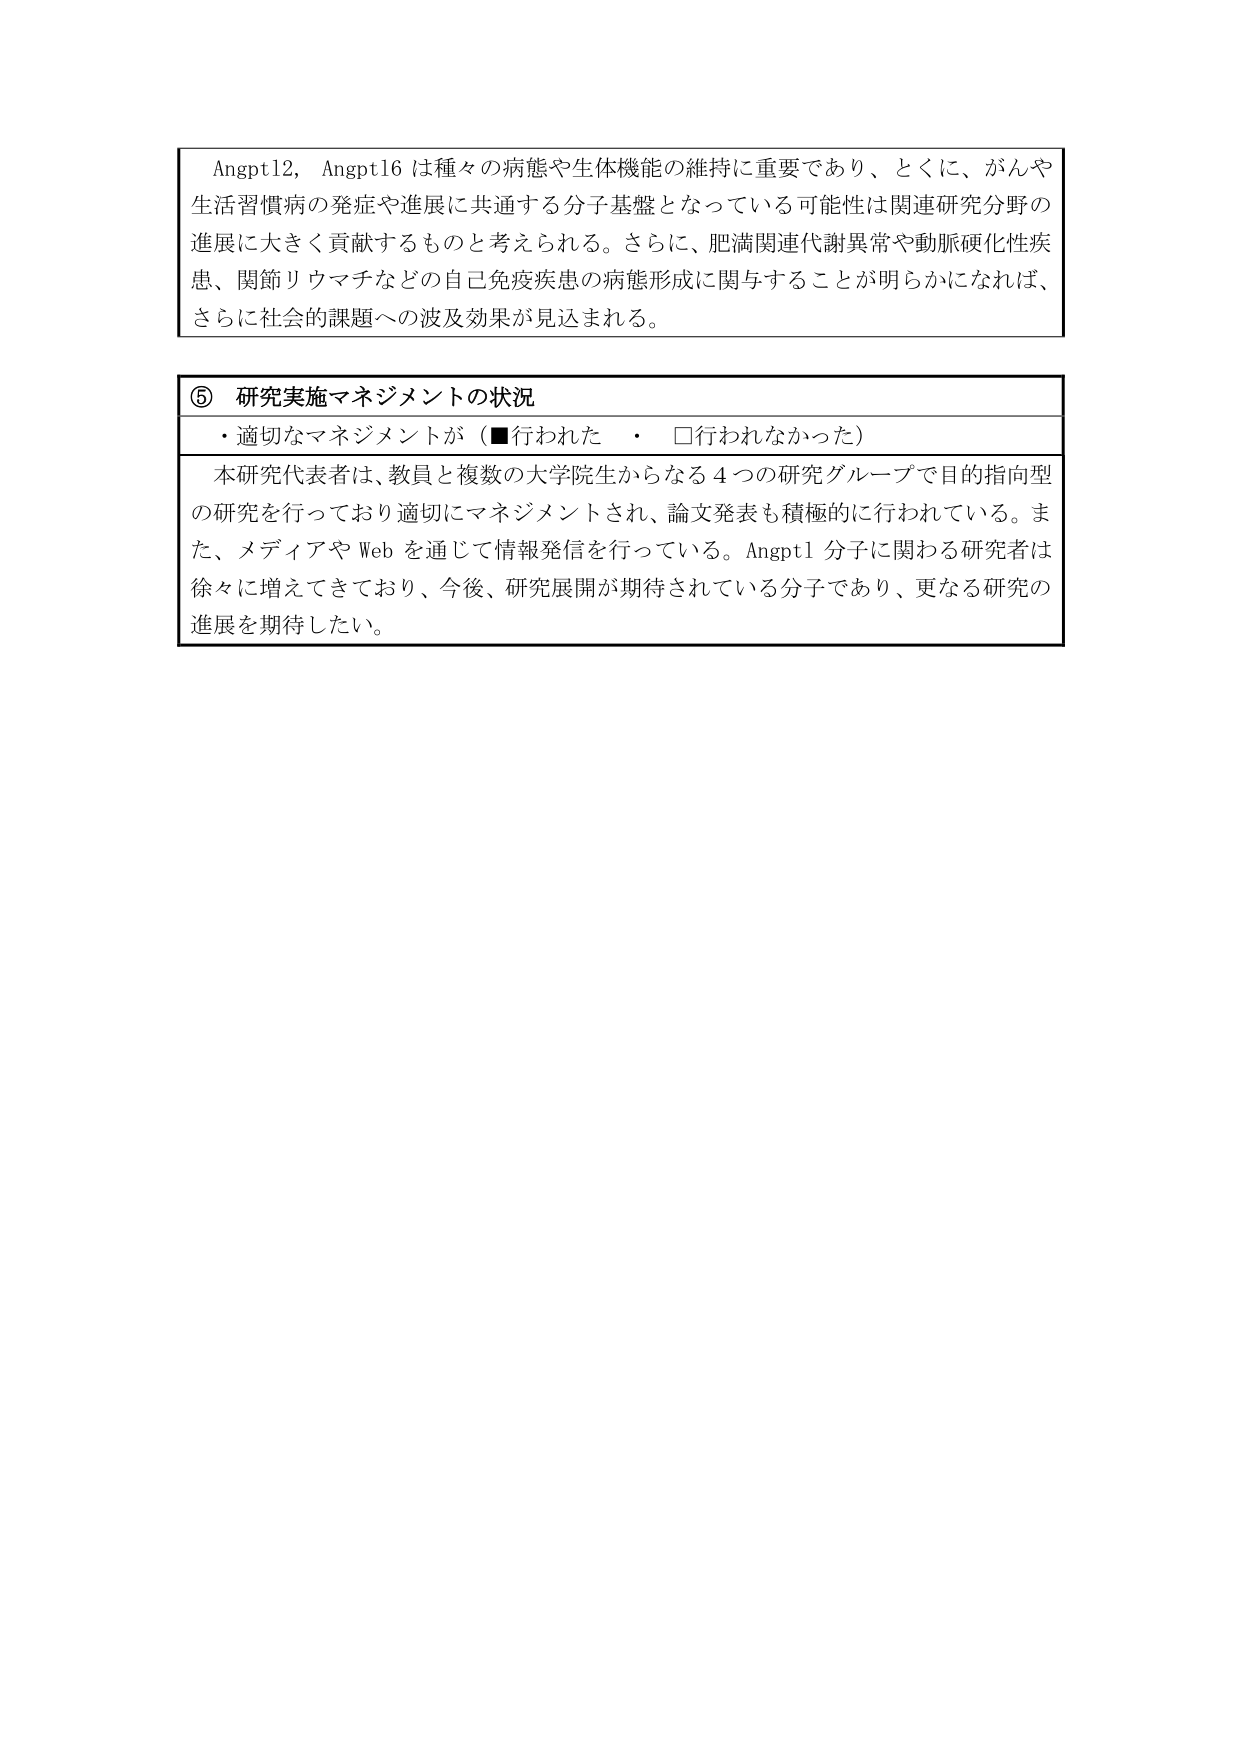
Angpt12, Angpt16 は種々の病態や生体機能の維持に重要であり、とくに、がんや生活習慣病の発症や進展に共通する分子基盤となっている可能性は関連研究分野の進展に大きく貢献するものと考えられる。さらに、肥満関連代謝異常や動脈硬化性疾患、関節リウマチなどの自己免疫疾患の病態形成に関与することが明らかになれば、さらに社会的課題への波及効果が見込まれる。

⑤ 研究実施マネジメントの状況
・適切なマネジメントが（■行われた　・　□行われなかった）

本研究代表者は、教員と複数の大学院生からなる４つの研究グループで目的指向型の研究を行っており適切にマネジメントされ、論文発表も積極的に行われている。また、メディアや Web を通じて情報発信を行っている。Angpt1 分子に関わる研究者は徐々に増えてきており、今後、研究展開が期待されている分子であり、更なる研究の進展を期待したい。